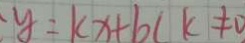
y = k x + b ( k \neq 0 )